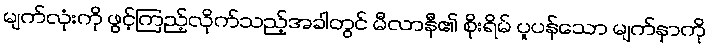
မျက်လုံးကို ဖွင့်ကြည့်လိုက်သည့်အခါတွင် မီလာနီ၏ စိုးရိမ် ပူပန်သော မျက်နှာကို